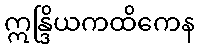
ဣန္ဒြိယကထိကေန